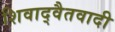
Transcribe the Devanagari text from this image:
शिवाद्वैतवादी